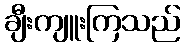
ချီးကျူးကြသည်